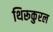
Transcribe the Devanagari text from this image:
थिरूकुरल